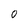
Character: 0